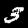
Digit: 3